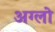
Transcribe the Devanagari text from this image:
अग्लो